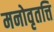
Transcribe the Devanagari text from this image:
मनोवृतत्ति